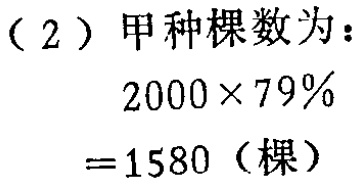
（2）甲种棵数为：

\[

\begin{align*}

&2000\times79\%\\

=&1580（棵）

\end{align*}

\]